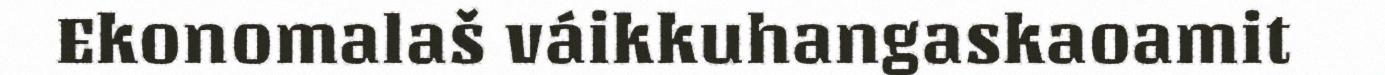
Ekonomalaš váikkuhangaskaoamit